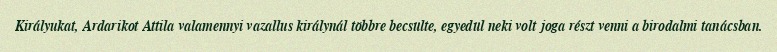
Királyukat, Ardarikot Attila valamennyi vazallus királynál többre becsülte, egyedül neki volt joga részt venni a birodalmi tanácsban.